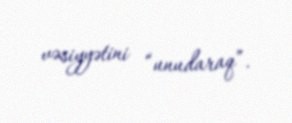
vəsiyyətini “unudaraq”.